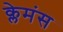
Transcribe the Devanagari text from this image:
क्लेमंस